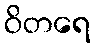
ဝိတရေ